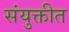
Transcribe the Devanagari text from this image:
संयुक्तीत